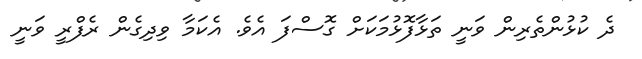
ދެ ކުޅުންތެރިން ވަނީ ތަޅާފޮޅުމަކަށް ގޮސްފަ އެވެ. އެކަމާ ވިދިގެން ރެފްރީ ވަނީ